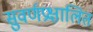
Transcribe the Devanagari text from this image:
सुवर्णप्रक्षालित